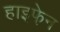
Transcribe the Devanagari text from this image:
हाइफे़न